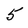
Character: 5